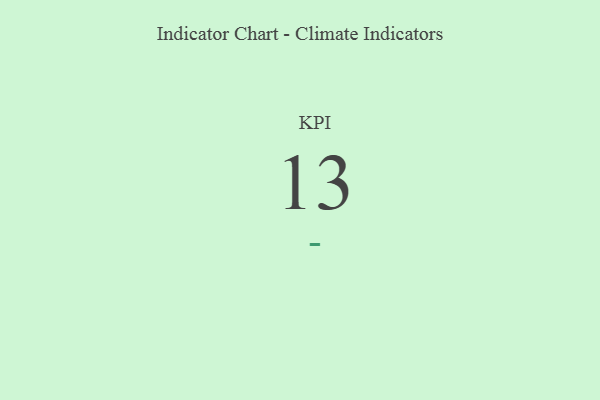
{"axis": {"x": "KPI", "y": "Value"}, "legend": [""], "data": [{"x": "KPI", "y": 13, "type": ""}]}